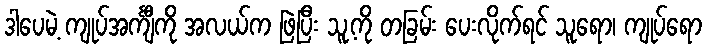
ဒါပေမဲ့ ကျုပ်အင်္ကျီကို အလယ်က ဖြဲပြီး သူ့ကို တခြမ်း ပေးလိုက်ရင် သူရော၊ ကျုပ်ရော